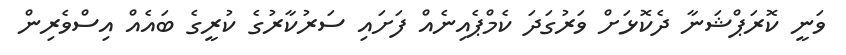
ވަނީ ކޮރަޕްޝަނާ ދެކޮޅަށް ވަރުގަދަ ކެމްޕެއިނެއް ފަށައި ސަރުކާރުގެ ކުރީގެ ބައެއް އިސްވެރިން